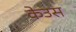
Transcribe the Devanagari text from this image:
केउस